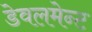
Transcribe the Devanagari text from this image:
डेवलमेन्ट